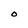
Character: O